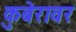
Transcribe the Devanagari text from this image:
कुबेरावर